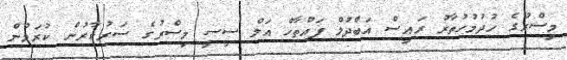
މިސްރުގެ ހުދުމުހުތާރު ރައީސް އަބްދުލް ފައްތާހް އަލް ސީސީ މިސްރުގެ ސަރުކާރުން ކުރަމުން